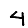
Digit: 4